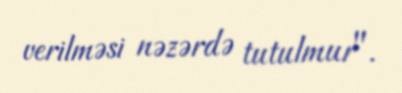
verilməsi nəzərdə tutulmur".